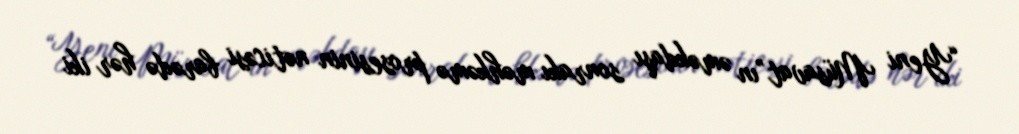
“Yeni Müsavat”ın əməkdaşı sonrakı məhkəmə prosesinin nəticəsi barədə hər iki